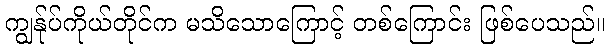
ကျွန်ုပ်ကိုယ်တိုင်က မသိသောကြောင့် တစ်ကြောင်း ဖြစ်ပေသည်။